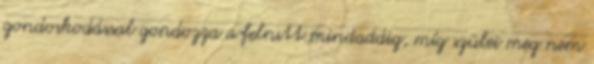
gondoskodással gondozza a felnıtt mindaddig, míg szülei meg nem